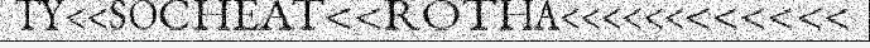
TY<<SOCHEAT<<ROTHA<<<<<<<<<<<<